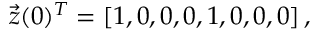
\vec { z } ( 0 ) ^ { T } = \left[ 1 , 0 , 0 , 0 , 1 , 0 , 0 , 0 \right] ,